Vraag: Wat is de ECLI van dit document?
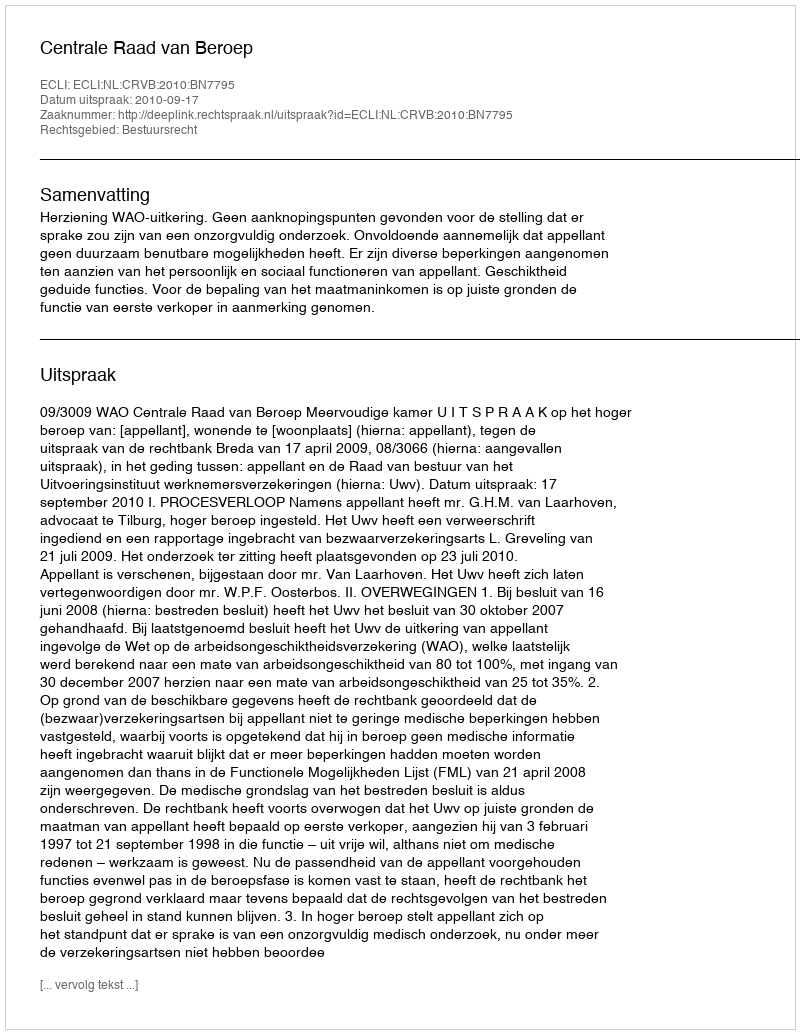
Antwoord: ECLI:NL:CRVB:2010:BN7795